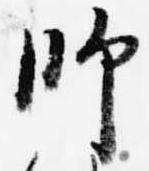
師